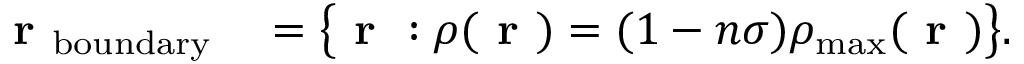
\begin{array} { r l } { \textbf { r } _ { \mathrm { b o u n d a r y } } } & { { } = \big \{ \textbf { r } : \rho ( \textbf { r } ) = ( 1 - n \sigma ) \rho _ { \mathrm { m a x } } ( \textbf { r } ) \big \} . } \end{array}